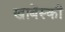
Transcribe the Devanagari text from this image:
खाबेंस्की